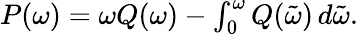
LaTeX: \begin{array}{r}{P(\omega)=\omega Q(\omega)-\int_{0}^{\omega}Q(\tilde{\omega})\, d\tilde{\omega}.}\end{array}